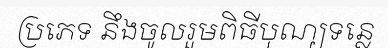
ប្រភេទ នឹងចូលរួមពិធីបុណ្យទន្លេ